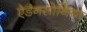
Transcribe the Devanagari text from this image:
ऐडैनसोनिया